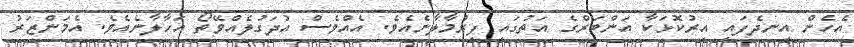
އެހެން އިނދެފައި އިރުކޮޅަކާ އަންބަރްގެ އަތުގައި ފިރުމާލާނެއެވެ. އެއްވެސް އުދަގުލެއްވޭތޯ އަހާލާނެއެވެ. އެމަންޒަރު